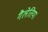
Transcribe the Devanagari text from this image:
गैलेतिया